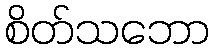
စိတ်သဘော